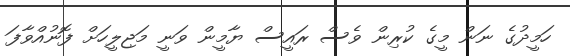
ހަމީދުގެ ނަން މީގެ ކުރިން ވެސް ރައީސް ޔާމީން ވަނީ މަޖިލީހަށް ފޮނުއްވާފަ